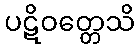
ပဋိဝတ္တေသိ